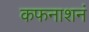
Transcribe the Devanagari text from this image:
कफनाशनं